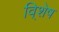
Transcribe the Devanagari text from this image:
वि्शेष